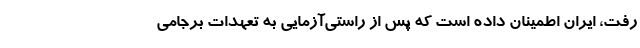
رفت، ایران اطمینان داده است که پس از راستی‌آزمایی به تعهدات برجامی